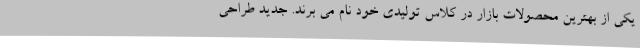
یکی از بهترین محصولات بازار در کلاس تولیدی خود نام می برند. جدید طراحی